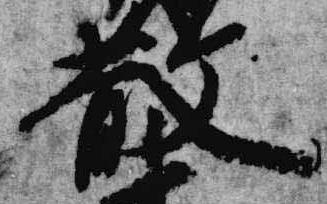
散